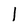
Character: 1